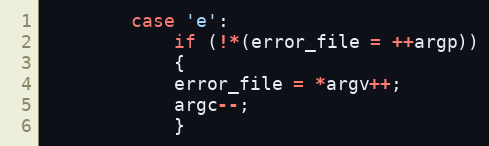
Language: C
		case 'e':
		    if (!*(error_file = ++argp))
		    {
			error_file = *argv++;
			argc--;
		    }